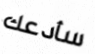
سأدعك